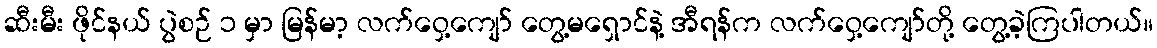
ဆီးမီး ဖိုင်နယ် ပွဲစဉ် ၁ မှာ မြန်မာ့ လက်ဝှေ့ကျော် တွေ့မရှောင်နဲ့ အီရန်က လက်ဝှေ့ကျော်တို့ တွေ့ခဲ့ကြပါတယ်။